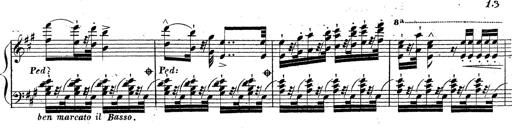
Title: Grande fantaisie sur la tyrolienne de l'opÃ©ra
Composer: Franz Liszt
Key: A major